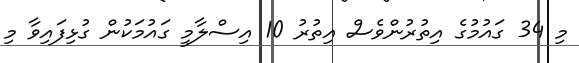
މި 34 ގައުމުގެ އިތުރުންވެސް އިތުރު 10 އިސްލާމީ ގައުމަކުން ގުޅިފައިވާ މި